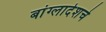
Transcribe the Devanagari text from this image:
बांग्लादेशचे